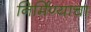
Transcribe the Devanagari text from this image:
निर्मिण्याचा